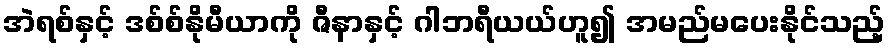
အဲရစ်နှင့် ဒစ်စ်နိုမီယာကို ဇီနာနှင့် ဂါဘရီယယ်ဟူ၍ အမည်မပေးနိုင်သည့်